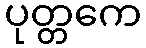
ပုတ္တကေ